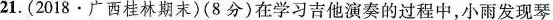
21.(2018·广西桂林期末)(8分)在学习吉他演奏的过程中，小雨发现琴